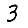
Digit: 3